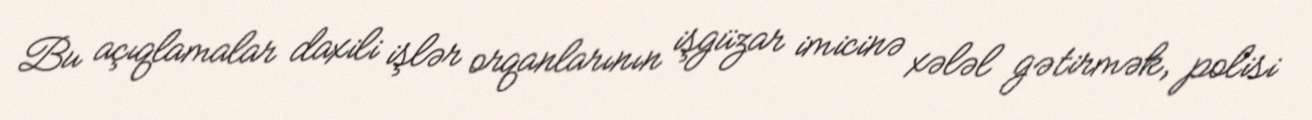
Bu açıqlamalar daxili işlər orqanlarının işgüzar imicinə xələl gətirmək, polisi